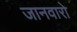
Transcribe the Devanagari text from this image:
जानवारो